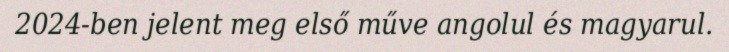
2024-ben jelent meg első műve angolul és magyarul.